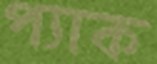
প্যাক